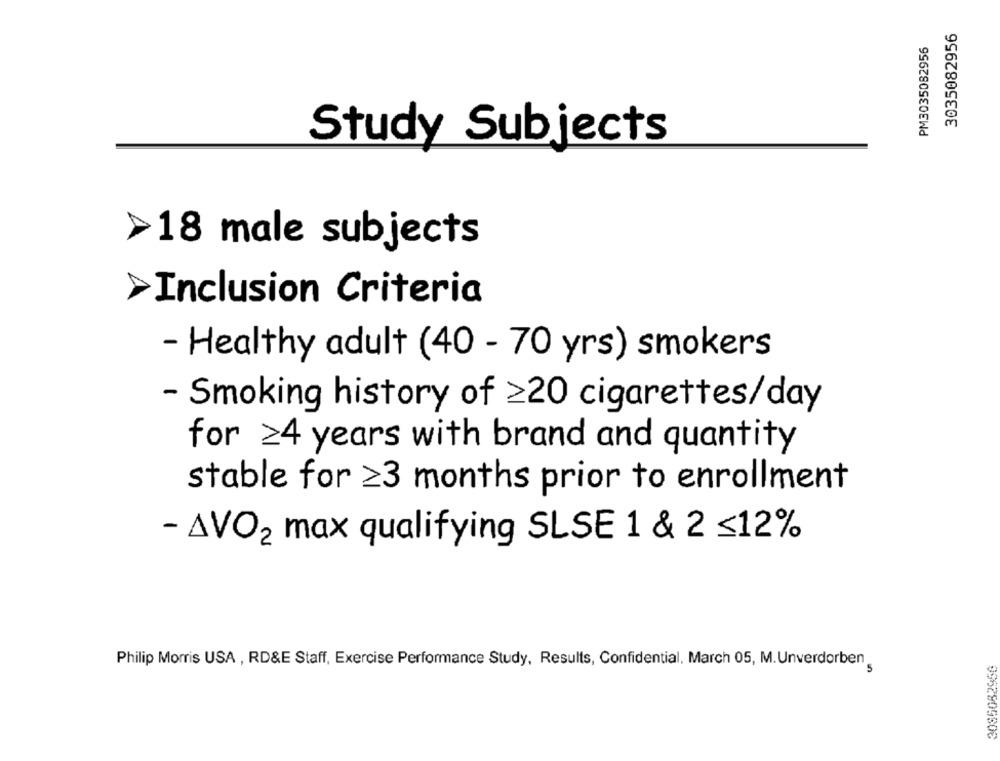
3035082956
PM3035082956
Study Subjects
>18 male subjects
Inclusion Criteria
- Healthy adult (40 - 70 yrs) smokers
- Smoking history of ≥20 cigarettes/day
for 24 years with brand and quantity
stable for 23 months prior to enrollment
- AVO2 max qualifying SLSE 1 & 2 ≤12%
Philip Morris USA , RD&E Staff, Exercise Performance Study, Results, Confidential, March 05, M. Unverdorben
5